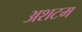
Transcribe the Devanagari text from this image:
अशटम